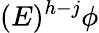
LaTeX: (E)^{h-j}\phi